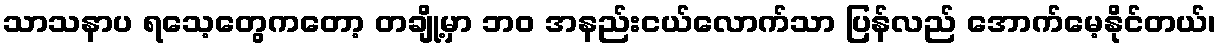
သာသနာပ ရသေ့တွေကတော့ တချို့မှာ ဘဝ အနည်းငယ်လောက်သာ ပြန်လည် အောက်မေ့နိုင်တယ်၊